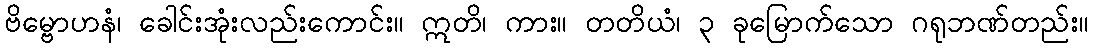
ဗိမ္ဗောဟနံ၊ ခေါင်းအုံးလည်းကောင်း။ ဣတိ၊ ကား။ တတိယံ၊ ၃ ခုမြောက်သော ဂရုဘဏ်တည်း။